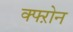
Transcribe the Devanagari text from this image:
क्फ्ऱोन